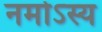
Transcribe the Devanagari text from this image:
नमोऽस्य